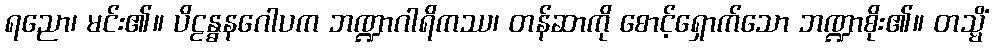
ရညော၊ မင်း၏။ ပိဠန္ဓနဂေါပက ဘဏ္ဍာဂါရိကဿ၊ တန်ဆာကို စောင့်ရှောက်သော ဘဏ္ဍာစိုး၏။ တသ္မိံ